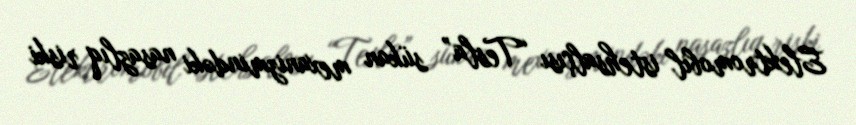
Elektromobil istehsalçısı “Tesla” sükan mexanizmindəki nasazlıq riski